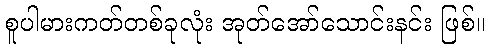
စူပါမားကတ်တစ်ခုလုံး အုတ်အော်သောင်းနင်း ဖြစ်။